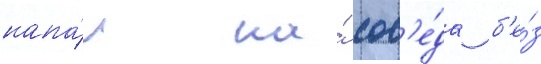
напа́л на́ сос'е́да б'е́з